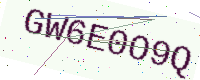
Text: GW6E0O9Q